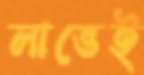
লাভেই